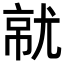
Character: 𡯶